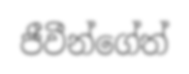
ජීවීන්ගේත්